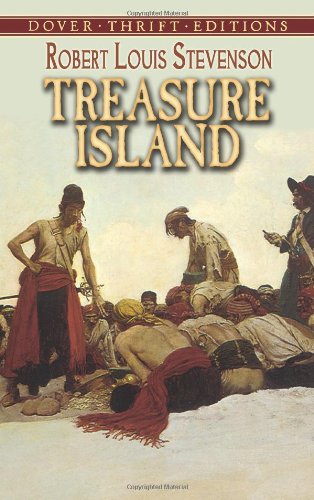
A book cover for Treasure Island (Dover Thrift Editions); Robert Louis Stevenson; Comics & Graphic Novels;